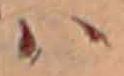
ハ